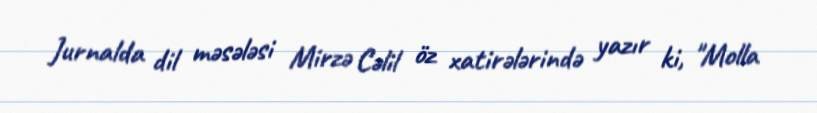
Jurnalda dil məsələsi Mirzə Cəlil öz xatirələrində yazır ki, "Molla